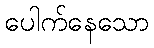
ပေါက်နေသော